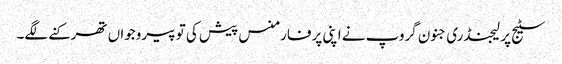
سٹیج پر لیجنڈری جنون گروپ نے اپنی پرفارمنس پیش کی تو پیروجواں تھرکنے لگے۔